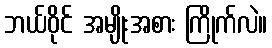
ဘယ်ဝိုင် အမျိုးအစား ကြိုက်လဲ။